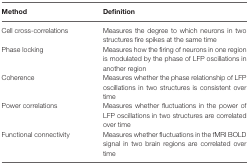
<table><thead><tr><td><b>Method</b></td><td><b>Definition</b></td></tr></thead><tbody><tr><td>Cell cross-correlations</td><td>Measures the degree to which neurons in two structures fire spikes at the same time</td></tr><tr><td>Phase locking</td><td>Measures how the firing of neurons in one region is modulated by the phase of LFP oscillations in another region</td></tr><tr><td>Coherence</td><td>Measures whether the phase relationship of LFP oscillations in two structures is consistent over time</td></tr><tr><td>Power correlations</td><td>Measures whether fluctuations in the power of LFP oscillations in two structures are correlated over time</td></tr><tr><td>Functional connectivity</td><td>Measures whether fluctuations in the fMRI BOLD signal in two brain regions are correlated over time</td></tr></tbody></table>